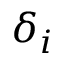
\delta _ { i }